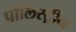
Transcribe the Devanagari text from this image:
पॉलिस्ट्रीन